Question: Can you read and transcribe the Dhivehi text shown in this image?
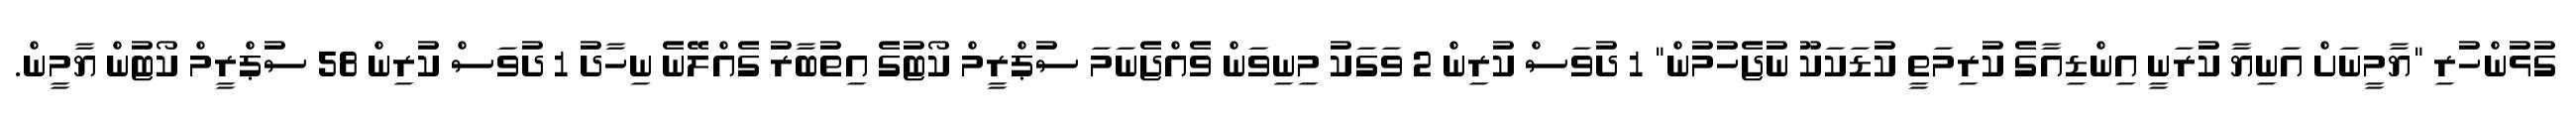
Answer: ގުޅުންހުރި "ޔާމީނަށް އަނިޔާ ކުރަނީ އިންޑިއާގެ ކުރިމަތީ ކުޑަކަކޫ ނުޖެހުމުން" 1 ދުވަސް ކުރިން 2 ވަގަކު މިނިވަން ވެއްޖެނަމަ ސުޕްރީމް ކޯޓުގެ އިތުބާރު ގެއްލޭނެ ނިހާދު 1 ދުވަސް ކުރިން 58 ސުޕްރީމް ކޯޓުން ޔާމީން.